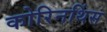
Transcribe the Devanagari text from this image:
कोरिनथिंस